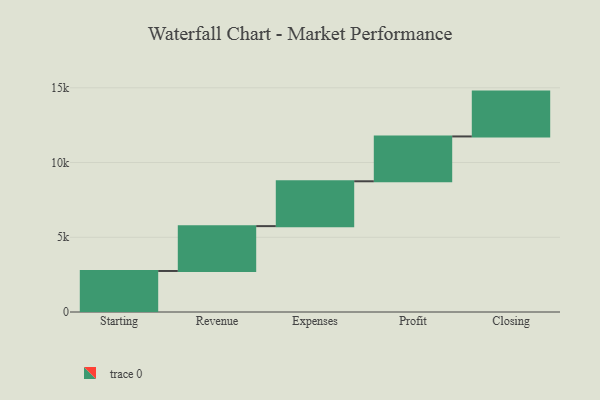
{"axis": {"x": "Step", "y": "Value"}, "legend": [""], "data": [{"x": "Starting", "y": 2745.0, "type": ""}, {"x": "Revenue", "y": 3000, "type": ""}, {"x": "Expenses", "y": 3000, "type": ""}, {"x": "Profit", "y": 3000, "type": ""}, {"x": "Closing", "y": 3000, "type": ""}]}